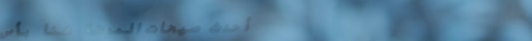
أحدث صيحات الموضة هنا بأس